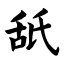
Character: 舐